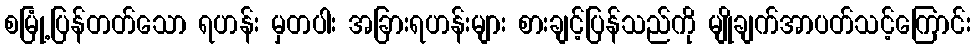
စမြုံ့ပြန်တတ်သော ရဟန်း မှတပါး အခြားရဟန်းများ စားချင့်ပြန်သည်ကို မျိုချက်အာပတ်သင့်ကြောင်း